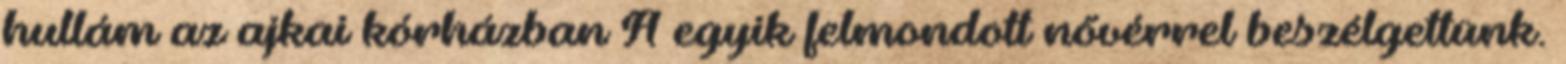
hullám az ajkai kórházban A egyik felmondott nővérrel beszélgettünk.